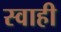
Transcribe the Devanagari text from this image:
स्वाही